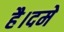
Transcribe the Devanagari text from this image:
है।दमे